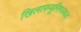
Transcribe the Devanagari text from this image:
खिलाफयूनिफायड